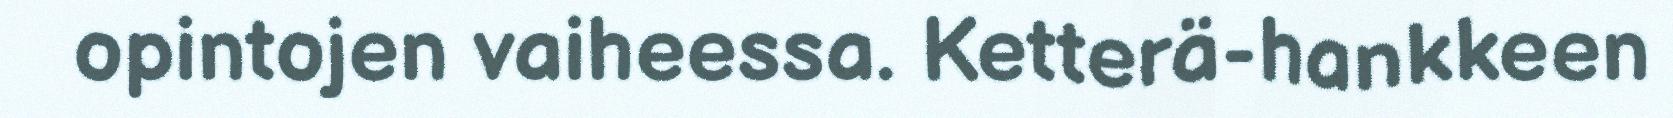
opintojen vaiheessa. Ketterä-hankkeen